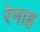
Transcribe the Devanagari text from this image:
रेमाह